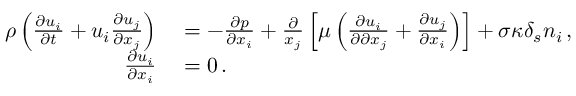
\begin{array} { r l } { \rho \left( \frac { \partial u _ { i } } { \partial t } + u _ { i } \frac { \partial u _ { j } } { \partial x _ { j } } \right) } & { { } = - \frac { \partial p } { \partial x _ { i } } + \frac { \partial } { x _ { j } } \left[ \mu \left( \frac { \partial u _ { i } } { \partial \partial x _ { j } } + \frac { \partial u _ { j } } { \partial x _ { i } } \right) \right] + \sigma \kappa \delta _ { s } n _ { i } \, , } \\ { \frac { \partial u _ { i } } { \partial x _ { i } } } & { { } = 0 \, . } \end{array}